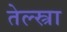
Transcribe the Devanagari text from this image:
तेल्स्त्रा